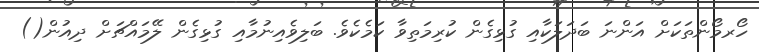
ހޯރމޯންތަކަށް އަންނަ ބަދަލަކާއި ގުޅިގެން ކުރިމަތިވާ ކަމެކެވެ. ބަލިވެއިނުމާއި ގުޅިގެން ލޭމައްޗަށް ދިއުން()